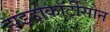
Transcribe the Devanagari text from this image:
हाइड्रोकॉर्टीसोन